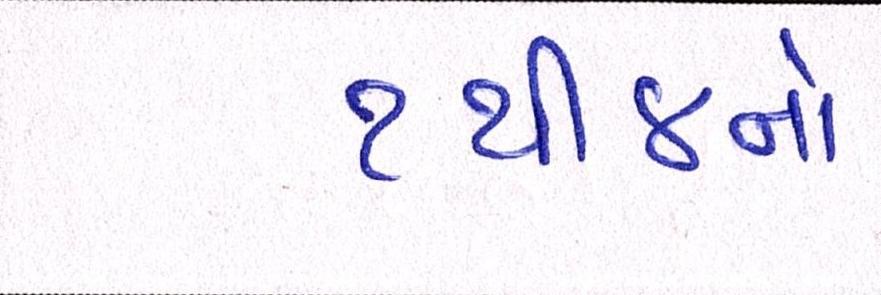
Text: ૧થી૪નો